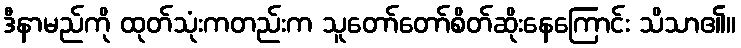
ဒီနာမည်ကို ထုတ်သုံးကတည်းက သူတော်တော်စိတ်ဆိုးနေကြောင်း သိသာ၏။